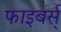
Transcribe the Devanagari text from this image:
फाइबर्स्